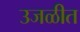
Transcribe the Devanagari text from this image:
उजळीत